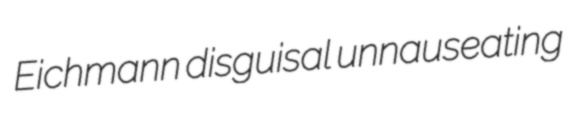
Eichmann disguisal unnauseating